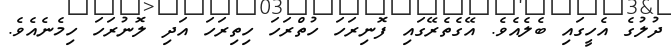
ދުލުގެ އެހީގައި ބެލެއެވެ. އޭގެތެރޭގައި ފޮނިރަހަ ހުތްރަހަ ހިތިރަހަ އަދި ލޮނުރަހަ ހިމެނެއެވެ.